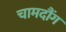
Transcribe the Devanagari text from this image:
चामदौंग